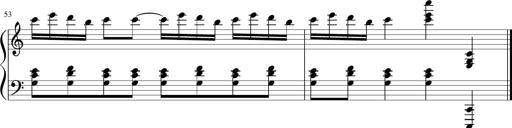
Title: Sonatina di Santa Gemma, JKB 12
Composer: Jason Baruk
Key: F major